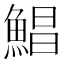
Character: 鯧